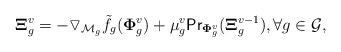
LaTeX: \begin{align*} \mathbf{\Xi}_g^v = -\triangledown_{\mathcal{M}_g}\tilde{f}_g(\mathbf{\Phi}_{g}^v) + \mu_g^v\mathsf{Pr}_{\mathbf{\Phi}_{g}^v}(\mathbf{\Xi}_g^{v-1}), \forall g \in \mathcal{G}, \end{align*}